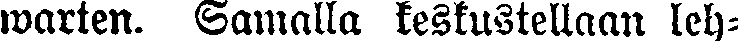
warten. Samalla keskustellaan leh-